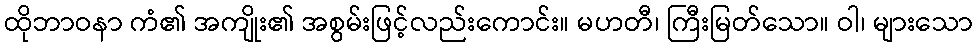
ထိုဘာဝနာ ကံ၏ အကျိုး၏ အစွမ်းဖြင့်လည်းကောင်း။ မဟတီ၊ ကြီးမြတ်သော။ ဝါ၊ များသော